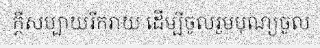
ក្តីសប្បាយរីករាយ ដើម្បីចូលរួមបុណ្យចូល